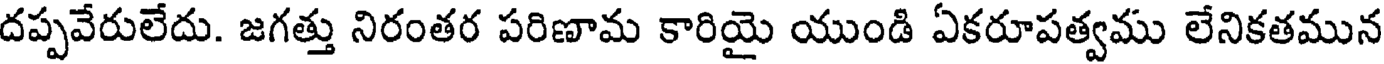
దప్పవేరులేదు. జగత్తు నిరంతర పరిణామ కారియై యుండి ఏకరూపత్వము లేనికతమున